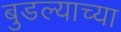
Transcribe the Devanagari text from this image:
बुडल्याच्या